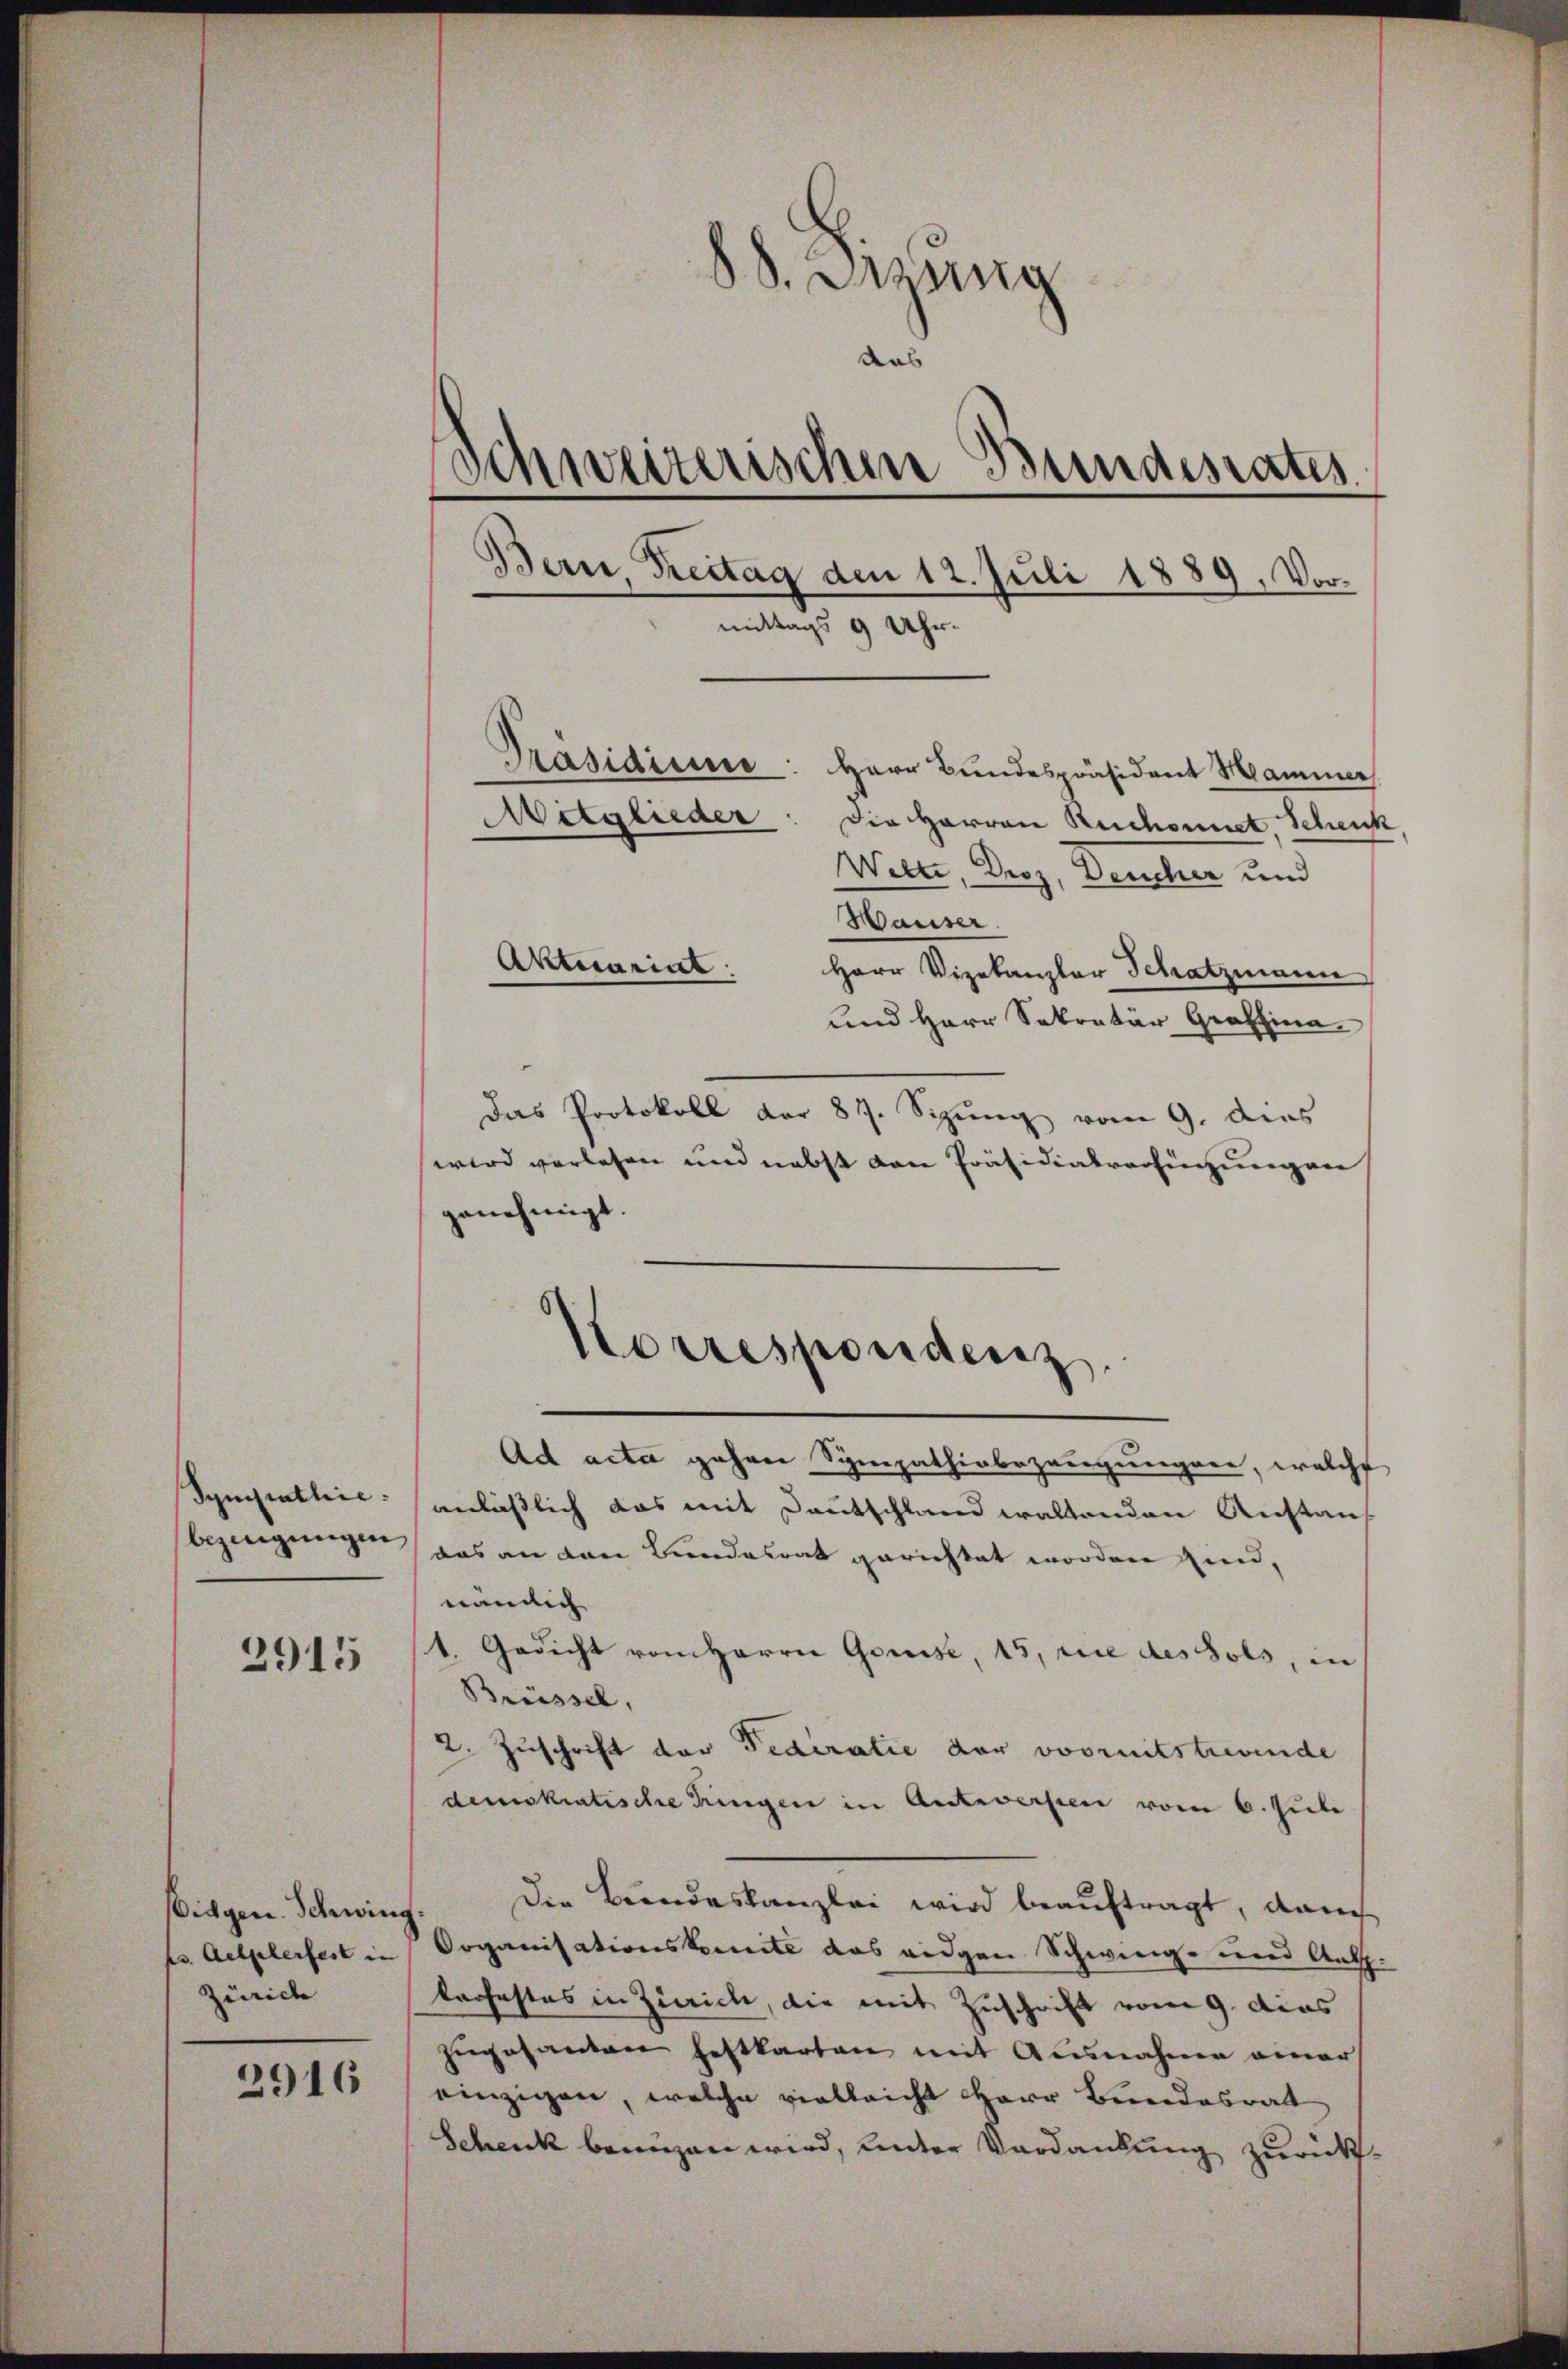
Synipathie:
bezeugungen

2915

Eidgen. Schwing.
es. Aelgelerfest in |
Zürich

2916

88. Mang
das
Schweizerischen Bundesrates.
Bern, Freitag den 12. Juli 1889. Vormittags 9 Uhr.
Präsidium: Herr Bundespräsident Mammer
Mitglieder: die Herren Ruchonnet Schenk
Wilte, Derz, Deucher und

Hauser
Herr Vizekanzler Schatzmann
und Herr Sekretär Graffina
Das Protokoll der 87. Sizung vom 9. dies
wird vorlesen und nebst den Präsidialverfügungen
genehmigt.
Ad acta gahren Sympathinbezeugungen, welche
anläßlich das mit Deutschland waltenden Anstauf
das an den Bundesrat gerichtet worden sind,
nämlich
1. Gedicht von Herrn Grüsse, 15, die des Sols, in
Brüssel,
2. Zuschrift der Federatie der vorruitstreuende
demokratische Tringen in Anteversten vom 6. Juli
Die Bundeskanzlei wird beauftragt, danch
Organisationskomite das eidgen Schwenige und Ant.
kaosastas in Zürich, die mit Zuschrift vom 9. dies
zŭgesanten heftkarten mit Ausnahme einer
einzigen, welche vielleicht Herr Bundesrat
Schenk benuzen wird, unter Verdankung zurück¬

Aktuariat

Korrespondenz.